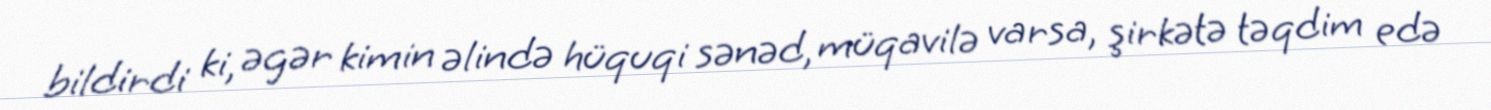
bildirdi ki, əgər kimin əlində hüquqi sənəd, müqavilə varsa, şirkətə təqdim edə